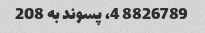
8826789 4، پسوند به 208